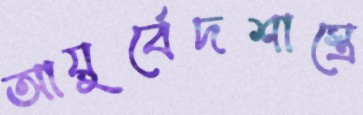
আয়ুর্বেদশাস্ত্রে